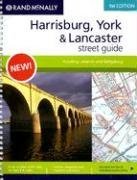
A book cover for Rand McNally Harrisburg, York & Lancaster Street Guide: Including Lebanon and Gettysburg; Rand Mcnally; Travel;